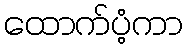
ထောက်ပံ့ကာ